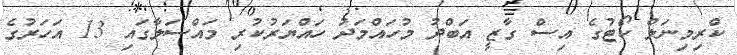
ކްރިމިނަލް ކޯޓުގެ އިސް ގާޒީ އަބްދު މުހައްމަދު ހައްޔަރުކުރި މައްސަލާގައި 13 އަހަރުގެ